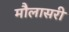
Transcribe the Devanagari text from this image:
मौलासरी